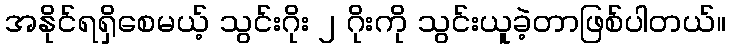
အနိုင်ရရှိစေမယ့် သွင်းဂိုး ၂ ဂိုးကို သွင်းယူခဲ့တာဖြစ်ပါတယ်။